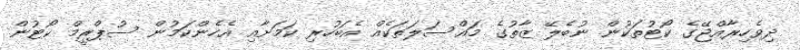
ދިވެހިރާއްޖޭގެ ކޯޓުތަކުން ނުބެލޭ ޒާތުގެ މައްސަލަތަކެއް އެބަހުރި ކަމަށާއި އެހެންކަމުން ސުޕްރީމް ކޯޓުން